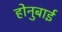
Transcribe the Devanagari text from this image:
होनुबाई